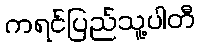
ကရင်ပြည်သူ့ပါတီ